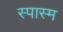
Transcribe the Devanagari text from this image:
स्पास्म